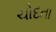
ચોદતા